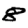
Digit: 8